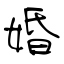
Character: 婚